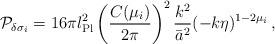
\begin{align*}{\cal P}_{\delta\sigma_i} = 16\pi l_{\rm Pl}^2 \left( {C(\mu_i) \over 2\pi} \right)^2 {k^2\over\bar{a}^2} (-k\eta)^{1-2\mu_i} \, ,\end{align*}